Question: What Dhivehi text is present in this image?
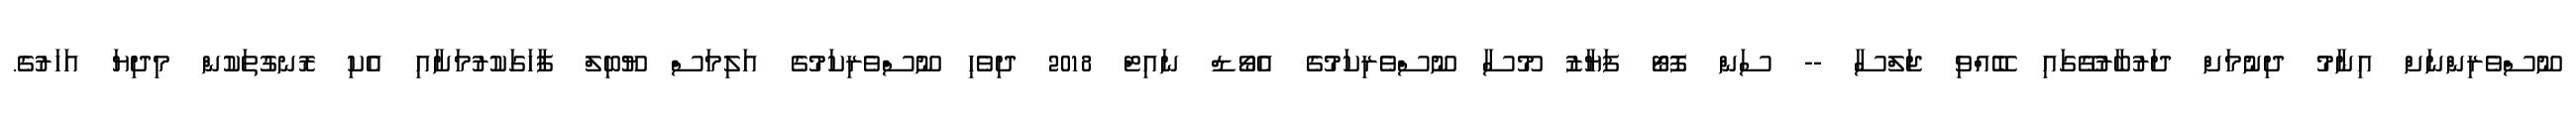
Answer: ނޫސްވެރިންނަށް އިނާމު ދިނުމަށް ދަރުބާރުގޭގައި ބޭއްވި ޖަލްސާ -- ސަން ފޮޓޯ ފަޔާޒު މޫސާ ނޫސްވެރިކަމުގެ އެވޯޑް ނައިޓް 2018 ދިވެހި ނޫސްވެރިކަމުގެ އަލިމަސް ޔޫބިލް ފާހަގަކުރުމަށާއި އެކި ރޮނގުތަކުން މިދިޔަ އަހަރުގެ.